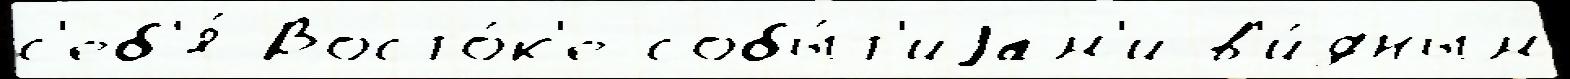
с'еб'я́ Восто́к'е собы́т'иjам'и в'и́дным